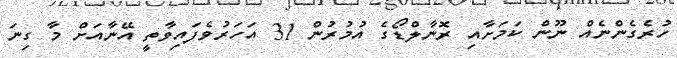
ހުރެގެންނެއް ނޫން ކަމަށާއި ރޮނާލްޑޯގެ އުމުރުން 31 އަހަރުވެފައިވާތީ އޭނާއަށް މާ ގިނަ